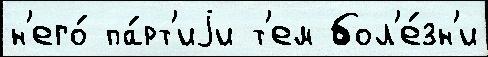
н'его́ па́рт'иjи т'ем бол'е́зн'и